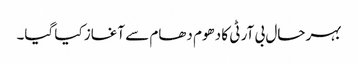
بہر حال بی آر ٹی کا دھوم دھام سے آغاز کیا گیا۔